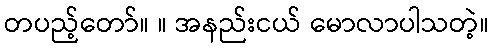
တပည့်တော်။ ။ အနည်းငယ် မောလာပါသတဲ့။